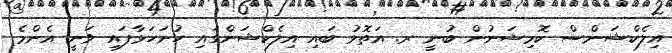
އިލެކްޝަންސް ކޮމިޝަނުން ބުނީ ރ. އަތޮޅު ބައި އިލެކްޝަންގައި ހުށަހަޅާފައި ވަނީ އެންމެ